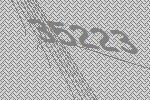
35223